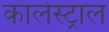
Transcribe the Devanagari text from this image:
कालेस्ट्राल